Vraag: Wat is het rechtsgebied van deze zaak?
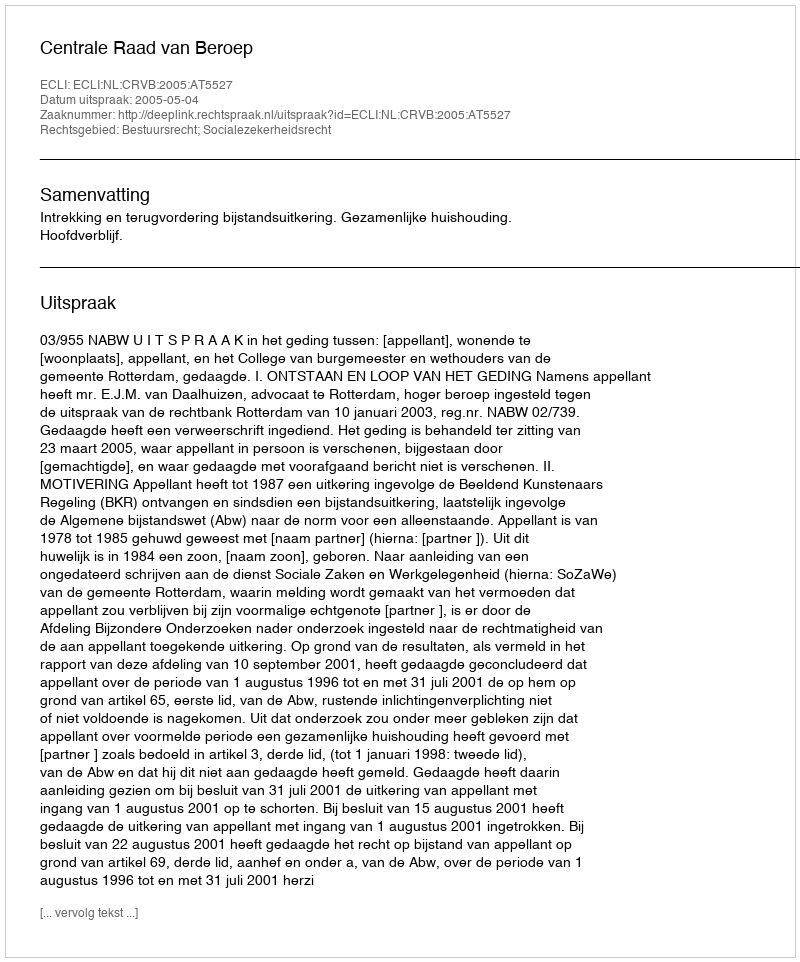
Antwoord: Bestuursrecht; Socialezekerheidsrecht